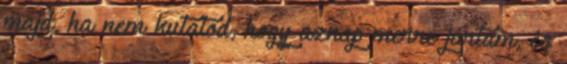
majd, ha nem kutatod, hogy aznap merre jártam, és